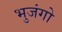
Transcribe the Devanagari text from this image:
भुजंगो